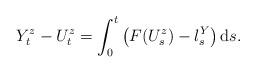
LaTeX: \begin{align*}Y_t^z - U_t^z = \int_0^t \left(F(U_s^z) - l_s^{Y}\right)\mathrm{d}s.\end{align*}